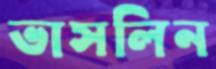
ভাসলিন